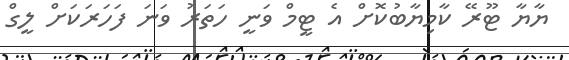
ޔާޔާ ޓޫރޭ ކާމިޔާބުކޮށް އެ ޓީމް ވަނީ ހަތަރު ވަނަ ފަހަރަކަށް ލީގް